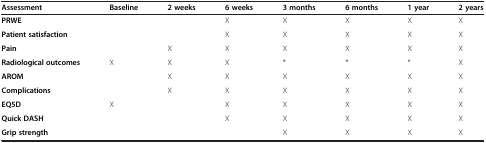
<table><thead><tr><td><b>Assessment</b></td><td><b>Baseline</b></td><td><b>2 weeks</b></td><td><b>6 weeks</b></td><td><b>3 months</b></td><td><b>6 months</b></td><td><b>1 year</b></td><td><b>2 years</b></td></tr></thead><tbody><tr><td><b>PRWE</b></td><td>[EMPTY_CELL]</td><td>[EMPTY_CELL]</td><td>X</td><td>X</td><td>X</td><td>X</td><td>X</td></tr><tr><td><b>Patient satisfaction</b></td><td>[EMPTY_CELL]</td><td>[EMPTY_CELL]</td><td>X</td><td>X</td><td>X</td><td>X</td><td>X</td></tr><tr><td><b>Pain</b></td><td>[EMPTY_CELL]</td><td>X</td><td>X</td><td>X</td><td>X</td><td>X</td><td>X</td></tr><tr><td><b>Radiological outcomes</b></td><td>X</td><td>X</td><td>X</td><td>*</td><td>*</td><td>*</td><td>X</td></tr><tr><td><b>AROM</b></td><td>[EMPTY_CELL]</td><td>X</td><td>X</td><td>X</td><td>X</td><td>X</td><td>X</td></tr><tr><td><b>Complications</b></td><td>[EMPTY_CELL]</td><td>X</td><td>X</td><td>X</td><td>X</td><td>X</td><td>X</td></tr><tr><td><b>EQ5D</b></td><td>X</td><td>[EMPTY_CELL]</td><td>X</td><td>X</td><td>X</td><td>X</td><td>X</td></tr><tr><td><b>Quick DASH</b></td><td>[EMPTY_CELL]</td><td>[EMPTY_CELL]</td><td>X</td><td>X</td><td>X</td><td>X</td><td>X</td></tr><tr><td><b>Grip strength</b></td><td>[EMPTY_CELL]</td><td>[EMPTY_CELL]</td><td>[EMPTY_CELL]</td><td>X</td><td>X</td><td>X</td><td>X</td></tr></tbody></table>